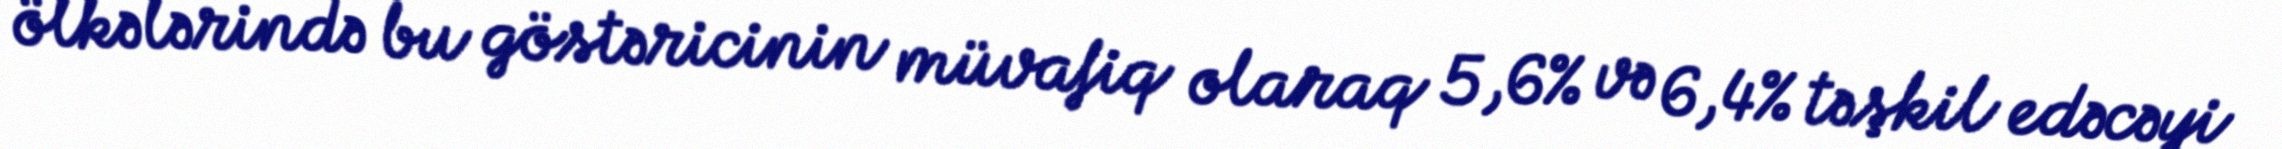
ölkələrində bu göstəricinin müvafiq olaraq 5,6% və 6,4% təşkil edəcəyi